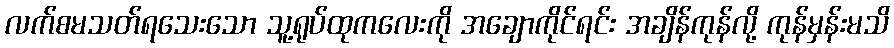
လက်စမသတ်ရသေးသော သူ့ရုပ်ထုကလေးကို အချောကိုင်ရင်း အချိန်ကုန်လို့ ကုန်မှန်းမသိ